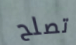
تصلح